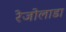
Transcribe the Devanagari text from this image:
रेजोलाडा